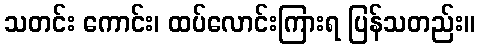
သတင်း ကောင်း၊ ထပ်လောင်းကြားရ ပြန်သတည်း။